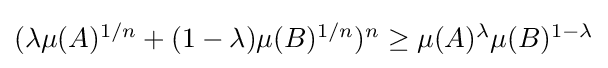
{\textstyle (\lambda \mu (A)^{1/n}+(1-\lambda )\mu (B)^{1/n})^{n}\geq \mu (A)^{\lambda }\mu (B)^{1-\lambda }}